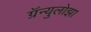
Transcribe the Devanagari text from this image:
ग्रॅन्युलोझा